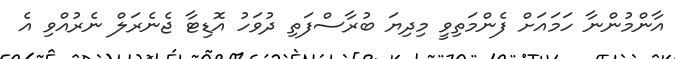
އާންމުންނާ ހަމައަށް ފެންމަތިވީ މިދިޔަ ބުރާސްފަތި ދުވަހު އޮޑިޓާ ޖެނެރަލް ނެރުއްވި އެ